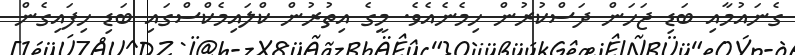
ގެނައުމާއި ބަޑި ޖަހަން ދަސްކުރުން ހިމެނެއެވެ. މީގެ އިތުރުން ކްލައިމެކްސްގައި ބަޑި ހިފައިގެން